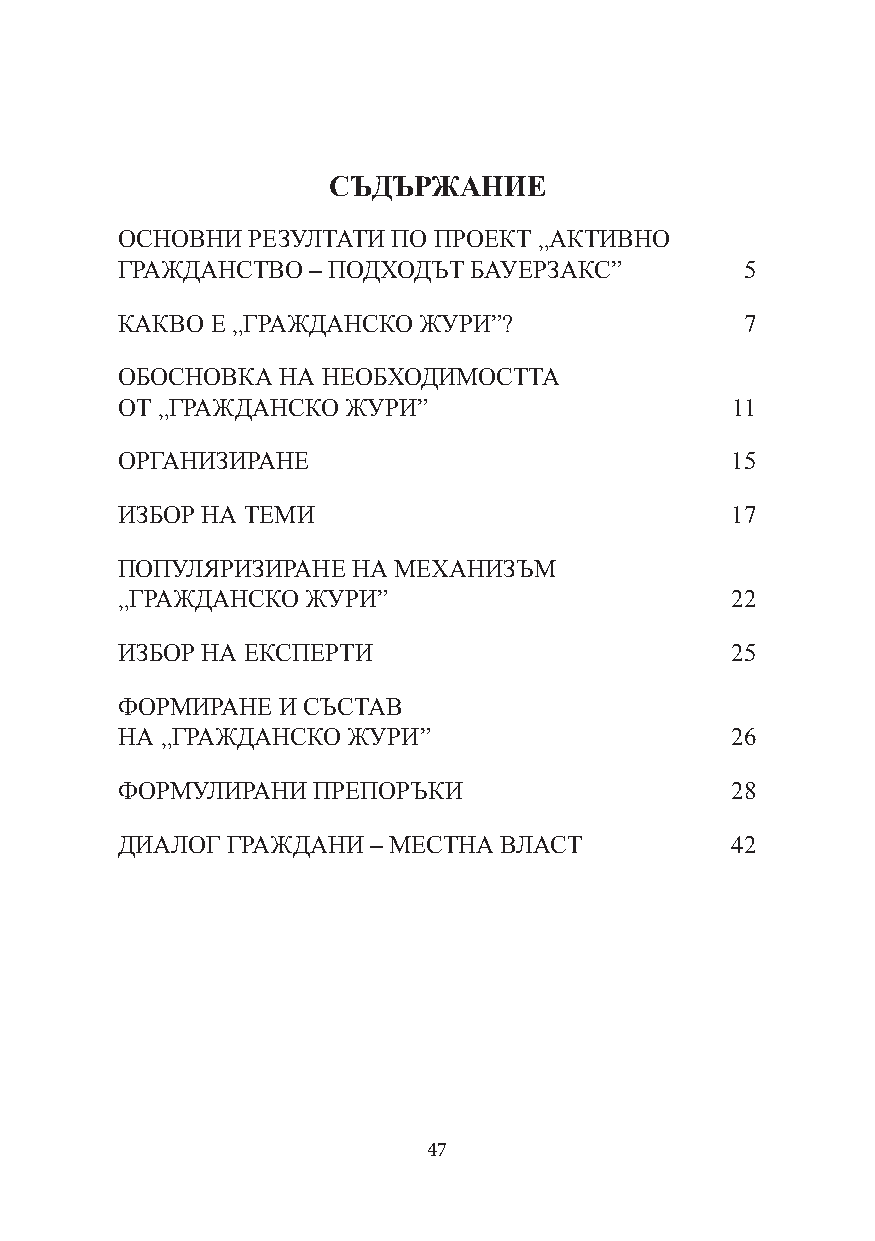
СЪДЪРЖАНИЕ
 ОСНОВНИ РЕЗУЛТАТИ ПО ПРОЕКТ „АКТИВНО
 ГРАЖДАНСТВО  – ПОДХОДЪТ БАУЕРЗАКС”       5
 КАКВО Е „ГРАЖДАНСКО ЖУРИ”?               7
 ОБОСНОВКА НА НЕОБХОДИМОСТТА
 ОТ „ГРАЖДАНСКО ЖУРИ”                    11
 ОРГАНИЗИРАНЕ                            15
 ИЗБОР НА ТЕМИ                           17
 ПОПУЛЯРИЗИРАНЕ НА МЕХАНИЗЪМ
 „ГРАЖДАНСКО ЖУРИ”                       22
 ИЗБОР НА ЕКСПЕРТИ                       25
 ФОРМИРАНЕ И СЪСТАВ
 НА „ГРАЖДАНСКО ЖУРИ”                    26
 ФОРМУЛИРАНИ  ПРЕПОРЪКИ                  28
 ДИАЛОГ ГРАЖДАНИ – МЕСТНА ВЛАСТ          42
 47